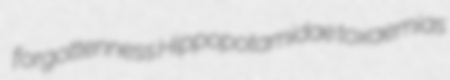
forgottenness Hippopotamidae toxaemias